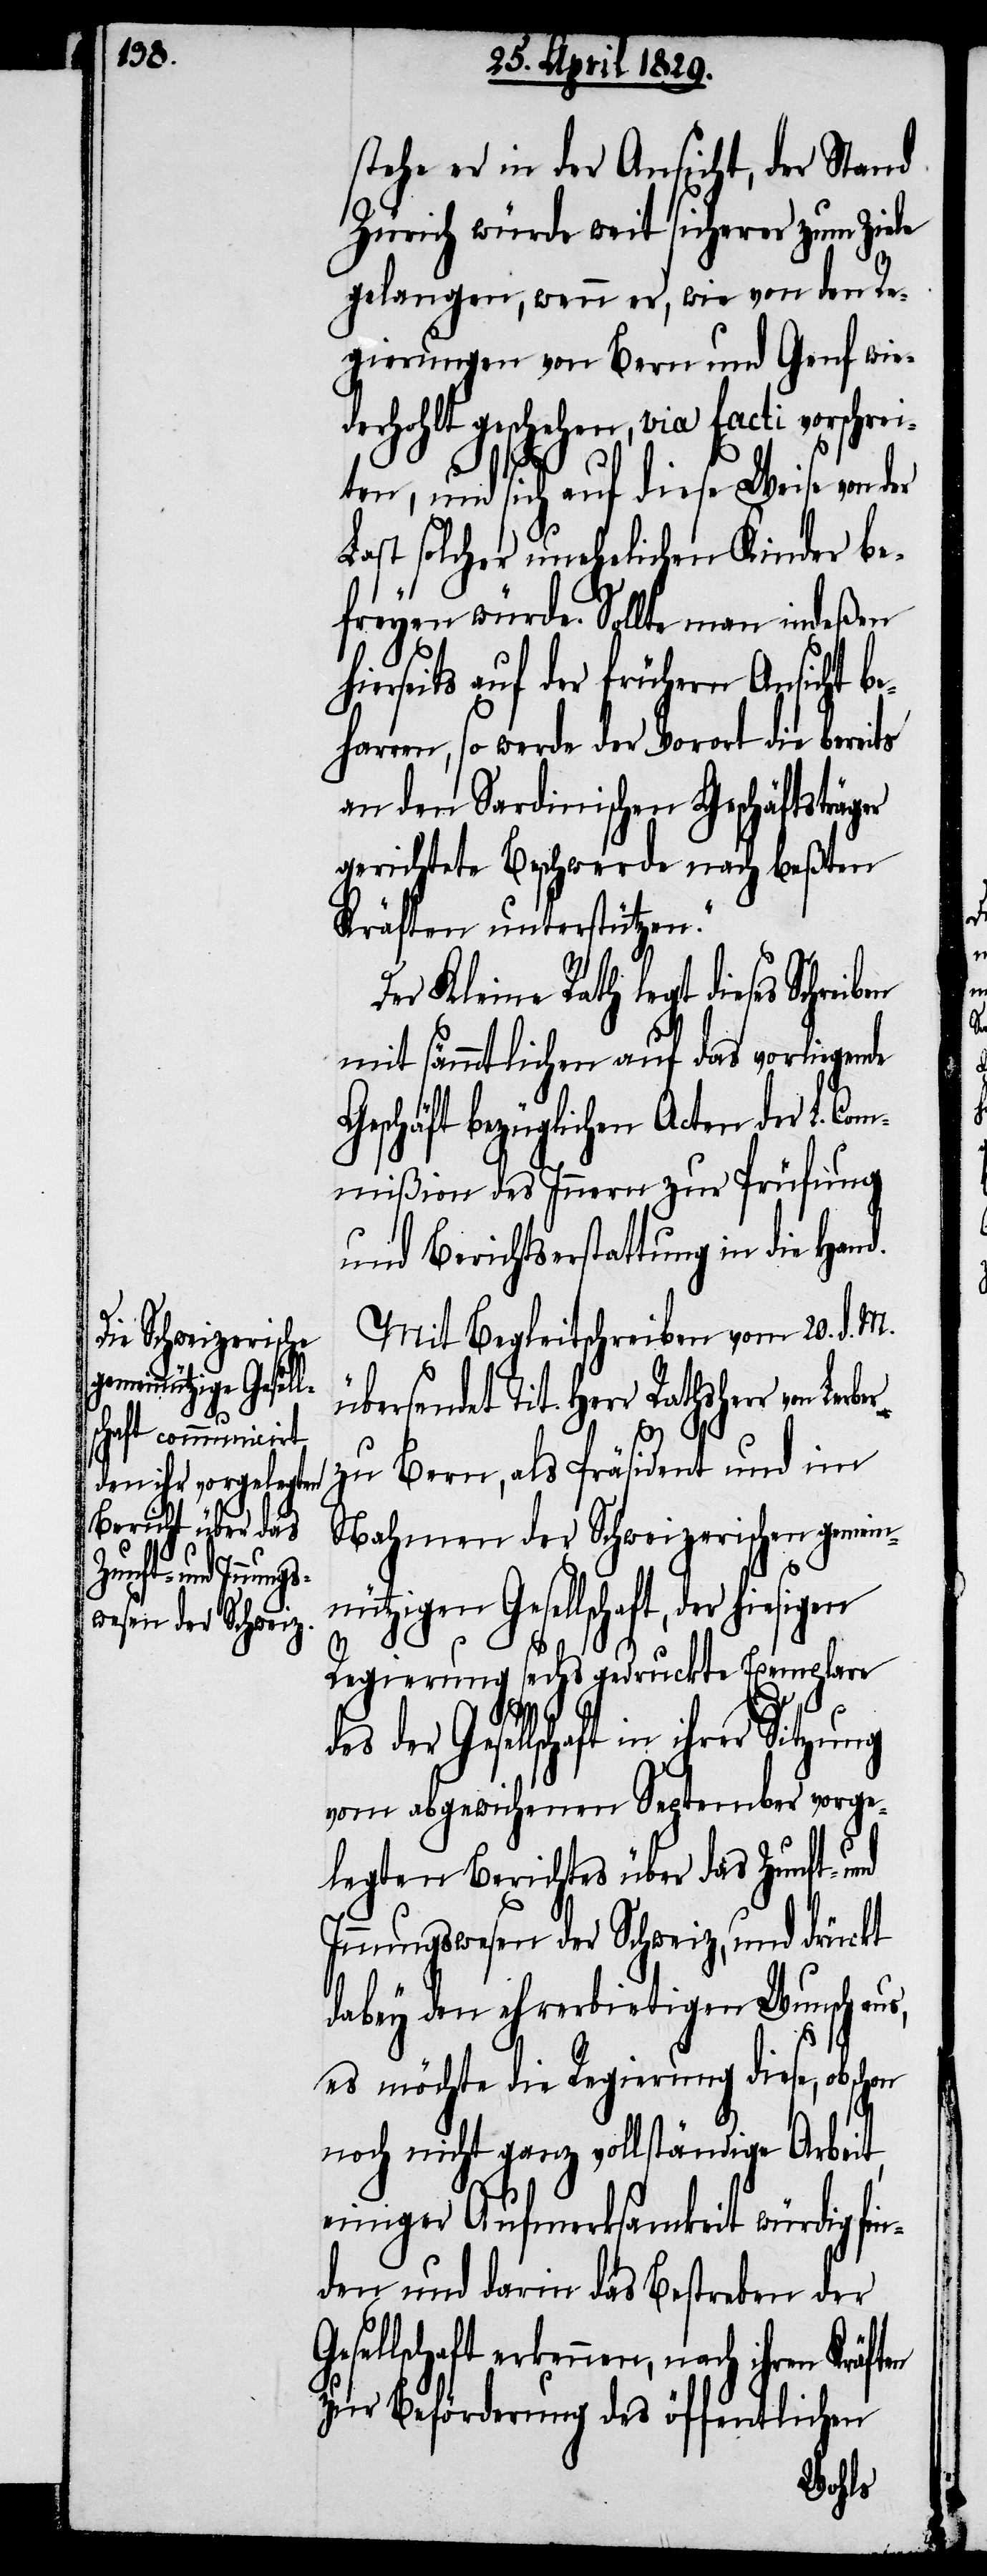
vorschrei¬

stehe er in der Ansicht, der Stand
Zürich würde weit sicherer zum Ziele
gelangen, wenn er, wie von den Re¬
gierungen von Bern und Genf wied¬
erhohlt geschehen, via facti
ten, und sich auf diese Weise von der
Last solcher unehelichen Kinder be¬
freyen würde. Sollte man indeßen
ierseits auf der frühern Ansicht b¬
eharren, so werde der Vorort die bereits
an den Sardinischen Geschäftsträg¬
gerichtete Beschwerde nach beßten
Kräften unterstützen.“
Der Kleine Rath legt dieses Schreib¬
mit sämmtlichen auf das vorliegende
Geschäft bezüglichen Acten der L. C¬
ommißion des Innern zur Prüfung
und Berichtserstattung in die Hand.
Mit Begleitschreiben vom 20. d. M.
übersendet Tit. Herr Rathsherr von
en
zu Bern, als Präsident und im
Nahmen der Schweizerischen gemein¬
nützigen Gesellschaft, der
Regierung sechs gedruckte Exemplare
des der Gesellschaft in
vom abgewichenen September vorge¬
legten Berichtes über das Zunft- und
Innungswesen der Schweiz, und drückt
dabey den ehrerbietigen Wunsch au¬
G¬
es möchte die Regierung diese, obschon
noch nicht ganz vollständige Arbeit,
einiger Aufmerksamkeit würdig fin¬
den und darin das Bestreben der
esellschaft erkennen, nach ihren Kräft¬
zur Beförderung des öffentlichen